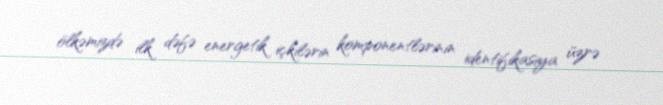
ölkəmizdə ilk dəfə energetik içkilərin komponentlərinin identifikasiya üzrə